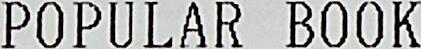
POPULAR BOOK